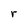
Character: r